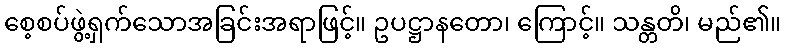
စေ့စပ်ဖွဲ့ရှက်သောအခြင်းအရာဖြင့်။ ဥပဋ္ဌာနတော၊ ကြောင့်။ သန္တတိ၊ မည်၏။